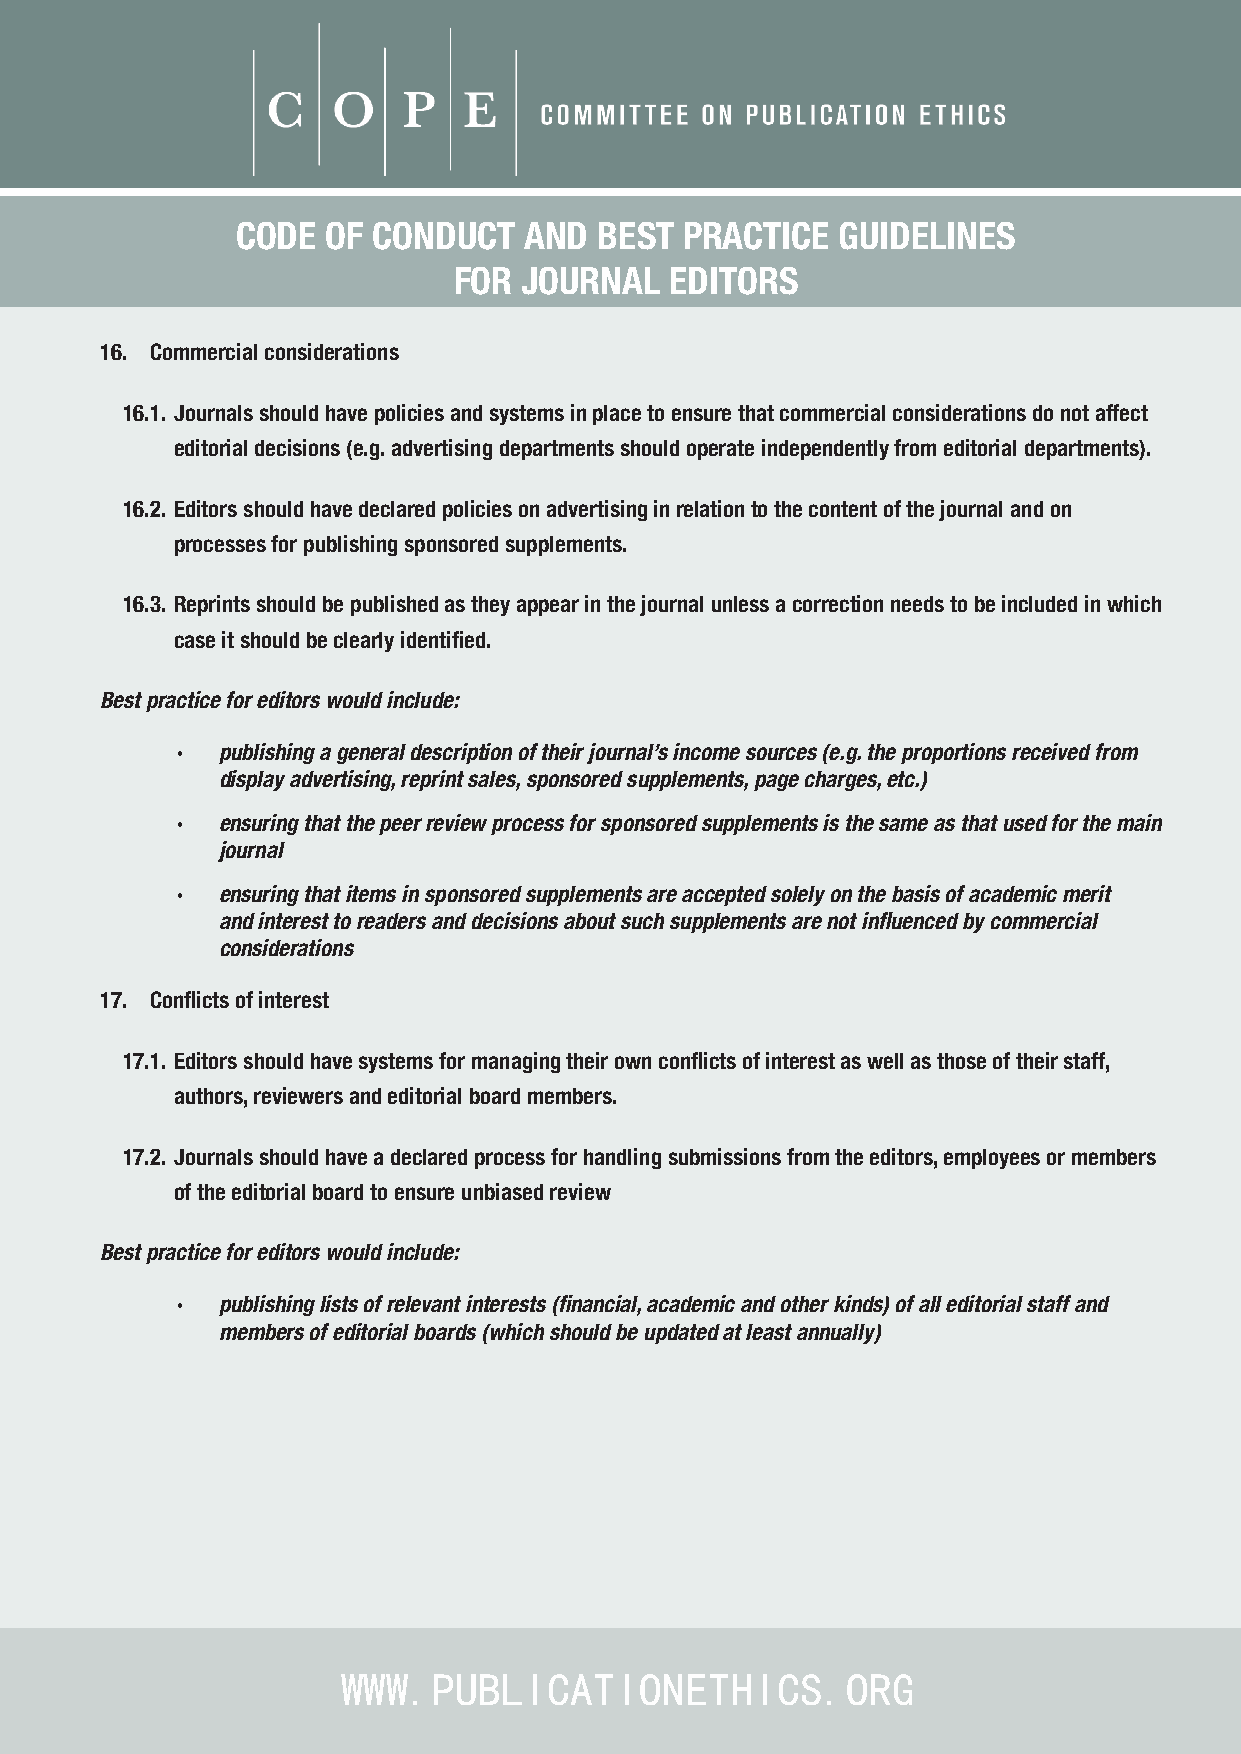
CODE  OF CONDUCT   AND  BEST PRACTICE   GUIDELINES
 FOR  JOURNAL  EDITORS
 16. Commercial considerations
 16.1. Journals should have policies and systems in place to ensure that commercial considerations do not affect
 editorial decisions (e.g. advertising departments should operate independently from editorial departments).
 16.2. Editors should have declared policies on advertising in relation to the content of the journal and on
 processes for publishing sponsored supplements.
 16.3. Reprints should be published as they appear in the journal unless a correction needs to be included in which
 case it should be clearly identified.
 Best practice for editors would include:
 · publishing a general description of their journal’s income sources (e.g. the proportions received from
 display advertising, reprint sales, sponsored supplements, page charges, etc.)
 · ensuring that the peer review process for sponsored supplements is the same as that used for the main
 journal
 · ensuring that items in sponsored supplements are accepted solely on the basis of academic merit
 and interest to readers and decisions about such supplements are not influenced by commercial
 considerations
 17. Conflicts of interest
 17.1. Editors should have systems for managing their own conflicts of interest as well as those of their staff,
 authors, reviewers and editorial board members.
 17.2. Journals should have a declared process for handling submissions from the editors, employees or members
 of the editorial board to ensure unbiased review
 Best practice for editors would include:
 · publishing lists of relevant interests (financial, academic and other kinds) of all editorial staff and
 members of editorial boards (which should be updated at least annually)
 WWW.PUBLICATIONETHICS.ORG